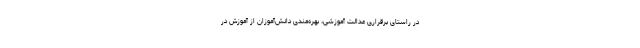
در راستای برقراری عدالت آموزشی، بهره‌مندی دانش‌آموزان از آموزش در